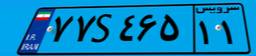
۷۷S۴۶۵۱۱